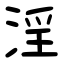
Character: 淫